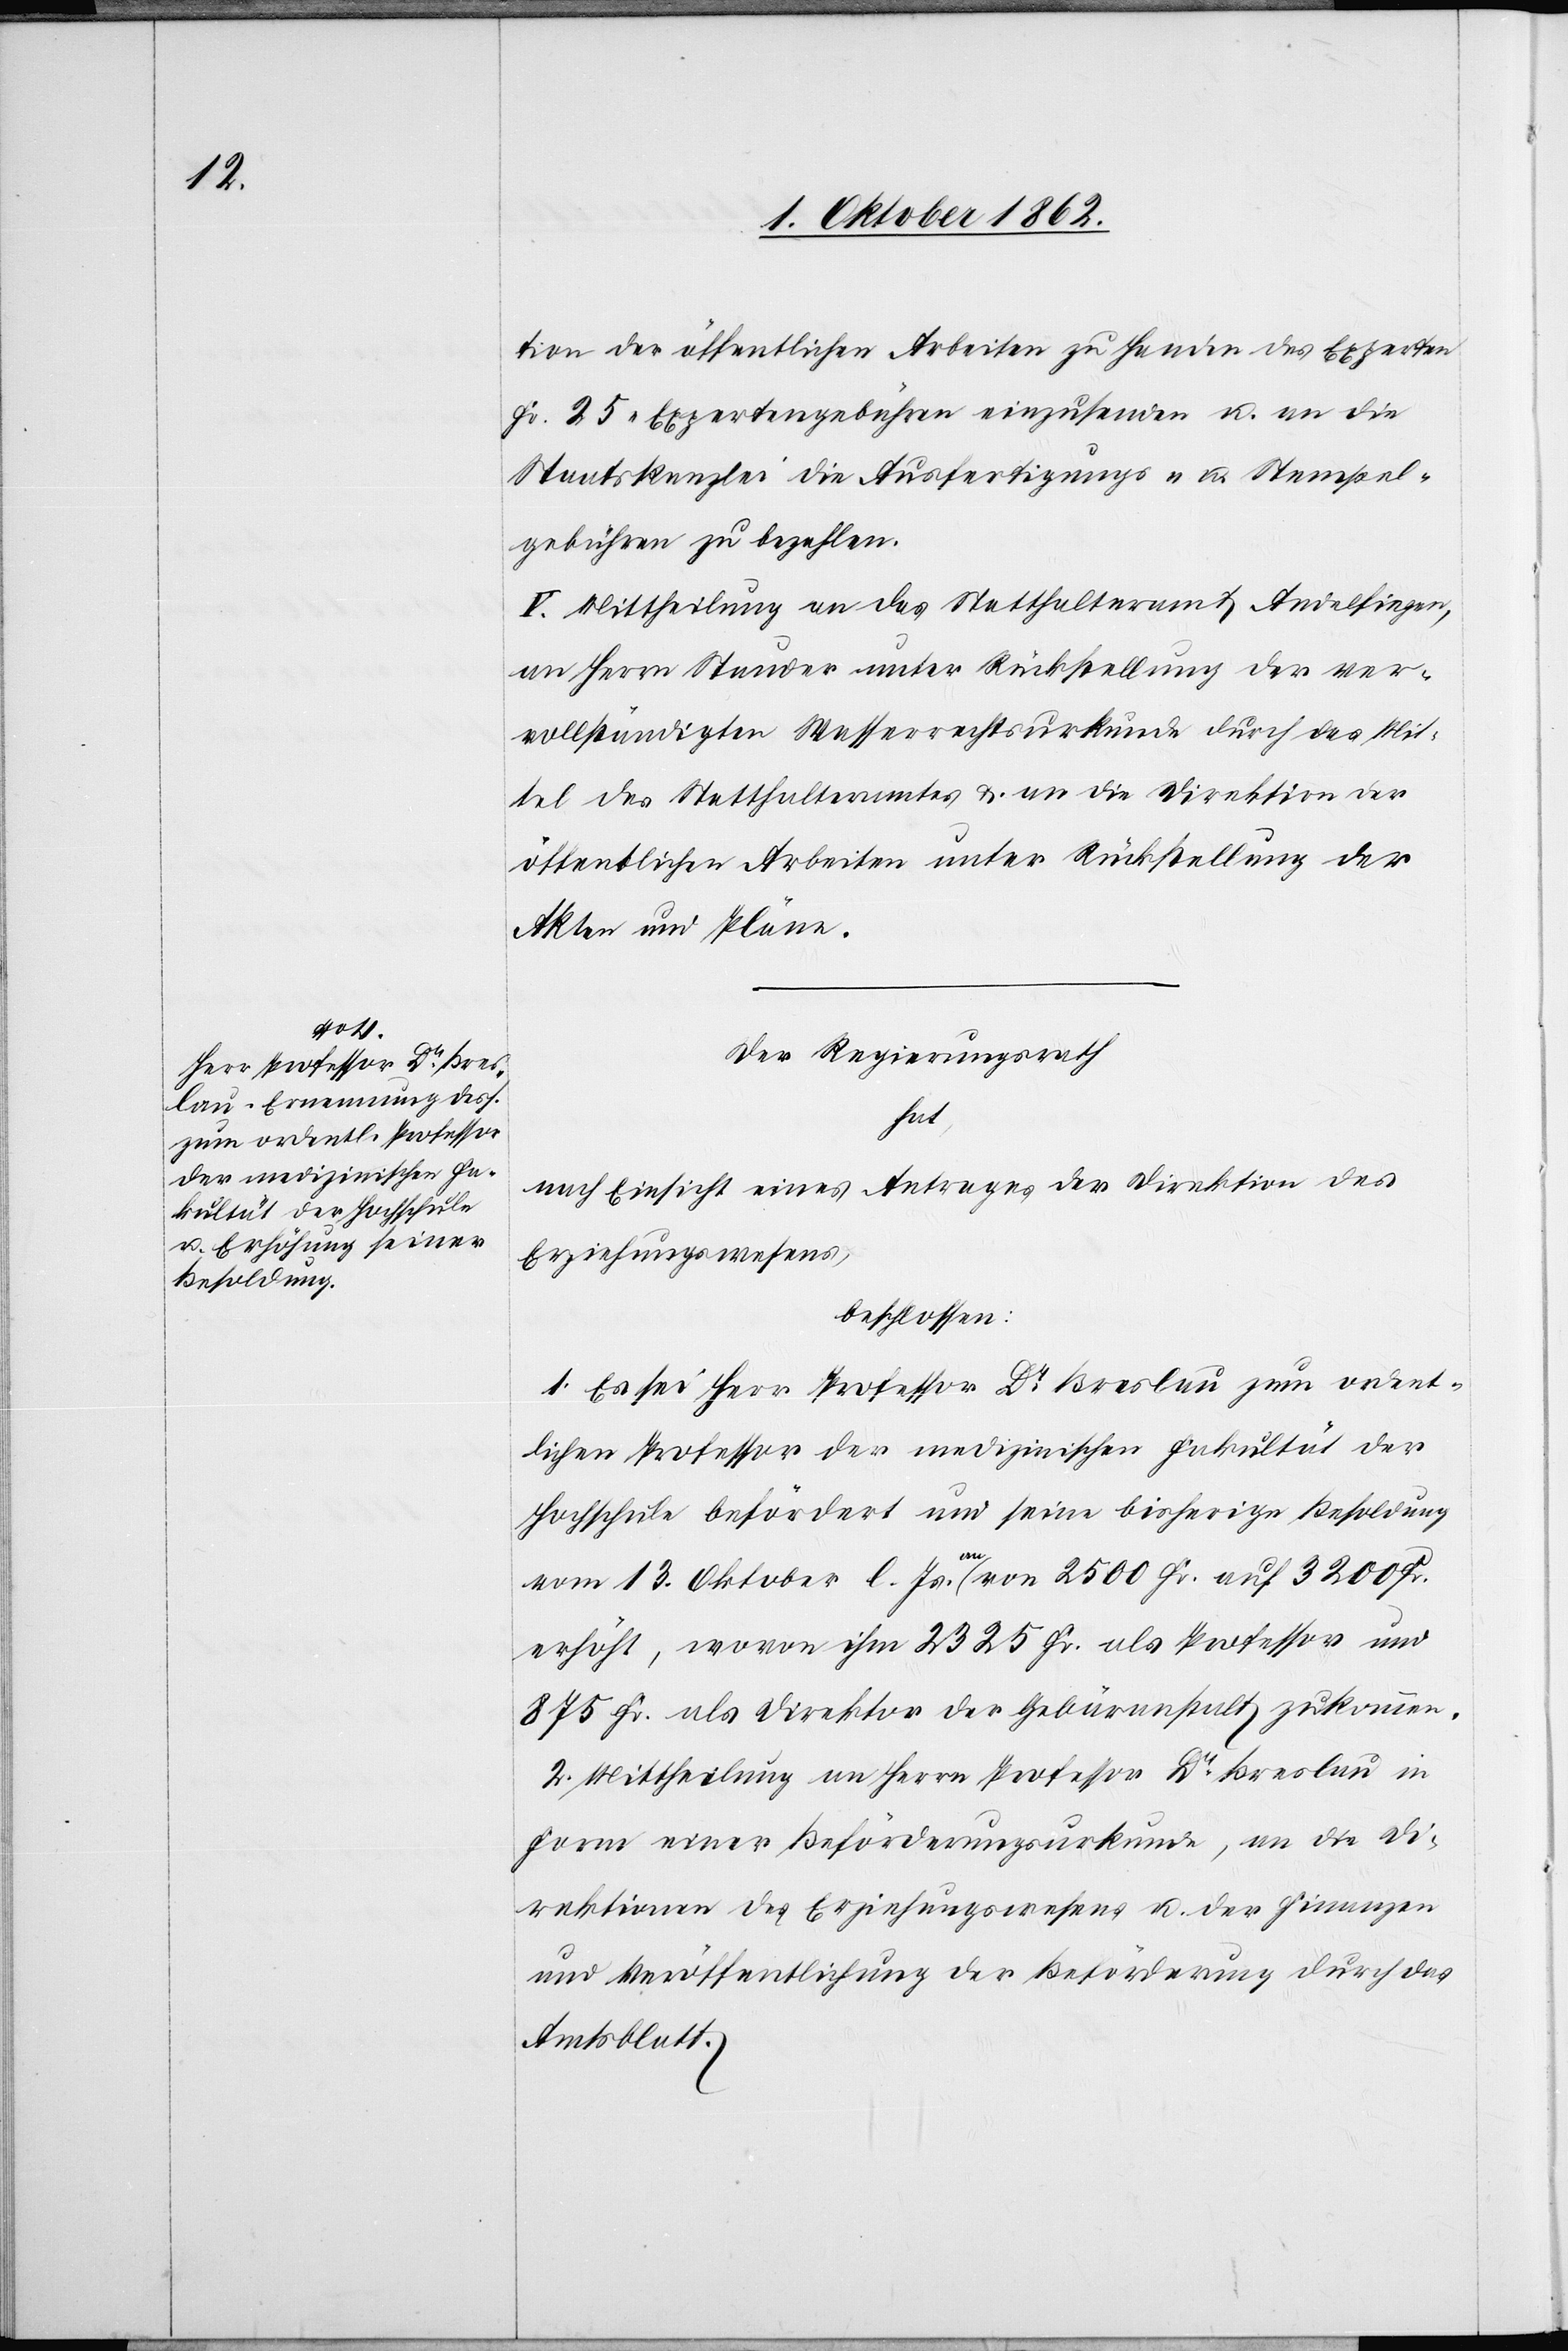
tion der öffentlichen Arbeiten zu Handen des Experten
Fr. 25 Expertengebühren einzusenden u. an die
Staatskanzlei die Ausfertigungs- u. Stempel¬
gebühren zu bezahlen.
V. Mittheilung an das Statthalteramt Andelfingen,
an Herrn Stauder unter Rückstellung der ver¬
vollständigten Wasserrechtsurkunde durch das Mit¬
tel des Statthalteramtes u. an die Direktion der
öffentlichen Arbeiten unter Rückstellung der
Akten und Pläne.
Der Regierungsrath
hat,
nach Einsicht eines Antrages der Direktion des
Erziehungswesens,
beschlossen:
1. Es sei Herr Professor Dr. Breslau zum ordent¬
lichen Professor der medizinischen Fakultät der
Hochschule befördert und seine bisherige Besoldung
vom 13. Oktober l. Js. an von 2500 Fr. auf 3200 Fr.
erhöht, wovon ihm 2325 Fr. als Professor und
875 Fr. als Direktor der Gebäranstalt zukommen.
2. Mittheilung an Herrn Professor Dr. Breslau in
Form einer Beförderungsurkunde, an die Di¬
rektionen des Erziehungswesens u. der Finanzen
und Veröffentlichung der Beförderung durch das
Amtsblatt.